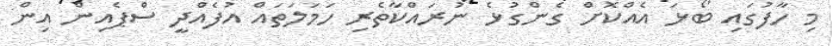
މި ހާފުގައި ބޯޅަ އެއްކޮށް ގެންގުޅެ ނުރައްކާތެރި ހަމަލަތައް އުފެއްދީ ސްޕެއިން އިން